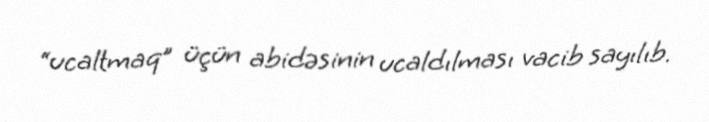
“ucaltmaq” üçün abidəsinin ucaldılması vacib sayılıb.